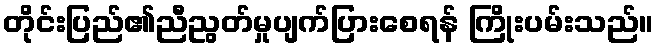
တိုင်းပြည်၏ညီညွတ်မှုပျက်ပြားစေရန် ကြိုးပမ်းသည်။